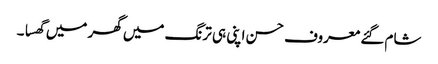
شام گئے معروف حسن اپنی ہی ترنگ میں گھر میں گھسا ۔